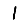
Digit: 1